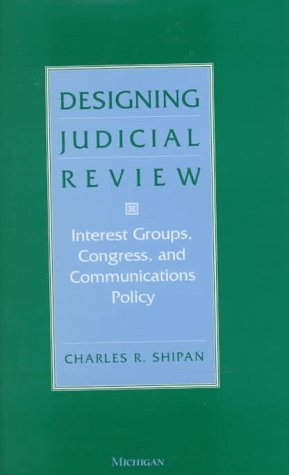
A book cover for Designing Judicial Review: Interest Groups, Congress, and Communications Policy; Charles R. Shipan; Law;